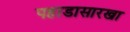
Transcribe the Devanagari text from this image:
पहाडासारखा